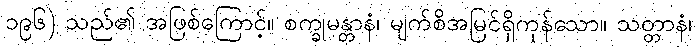
၁၉၆) သည်၏ အဖြစ်ကြောင့်။ စက္ခုမန္တာနံ၊ မျက်စိအမြင်ရှိကုန်သော။ သတ္တာနံ၊